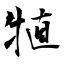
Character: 犆